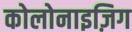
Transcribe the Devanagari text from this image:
कोलोनाइज़िग